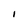
Character: I